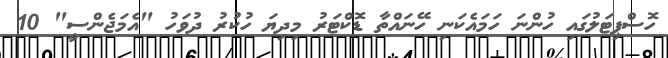
ހޮސްޕިޓަލުގައި ހުންނަ ހަމައެކަނި ހޭނައްތާ ޑޮކްޓަރު މިދިޔަ ހުކުރު ދުވަހު "އެމަޖެންސީ" 10